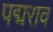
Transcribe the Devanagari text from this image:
पद्मराव